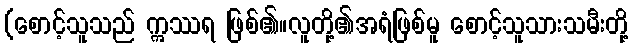
(စောင့်သူသည် ဣဿရ ဖြစ်၏။လူတို့၏အရံဖြစ်မူ စောင့်သူသားသမီးတို့